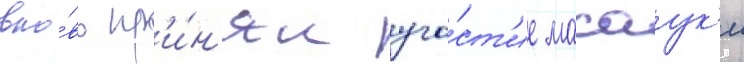
вно́вь пр'и́н'ял уча́ст'ие масаук'и